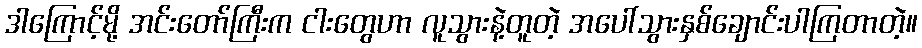
ဒါကြောင့်မို့ အင်းတော်ကြီးက ငါးတွေဟာ လူသွားနဲ့တူတဲ့ အပေါ်သွားနှစ်ချောင်းပါကြတာတဲ့။